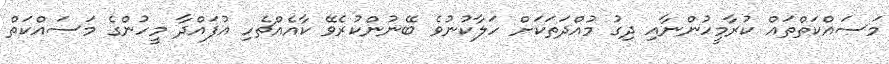
މަސައްކަތްތައް ކުރާމީހުންނާއި ދިގު މުއްދަތަކަށް ހަލާކުނުވެ ބޭނުންކުރެވޭ ކާއެއްޗެހި އުފައްދާ މީހުންގެ މަސައްކަތް